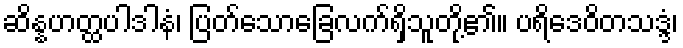
ဆိန္နဟတ္ထပါဒါနံ၊ ပြတ်သောခြေလက်ရှိသူတို့၏။ ပရိဒေဝိတသဒ္ဒံ၊